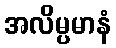
အလိမ္ပမာနံ